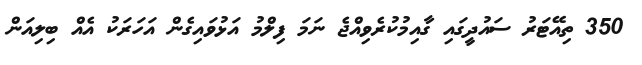
350 ތިއޭޓަރު ސައުދީގައި ގާއިމުކުރެވިއްޖެ ނަމަ ފިލްމު އަޅުވައިގެން އަހަރަކު އެއް ބިލިއަން